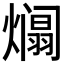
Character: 𪹹